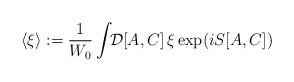
\begin{align*}\langle \xi \rangle:= {1\over W_0} \int\!\! {\cal D}[A,C] \, \xi\exp (i S [A,C])\end{align*}